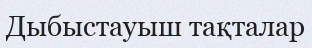
Дыбыстауыш тақталар